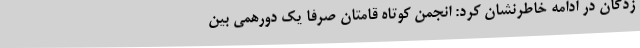
زدگان در ادامه خاطرنشان کرد: انجمن کوتاه قامتان صرفاً یک دورهمی بین